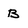
Character: B